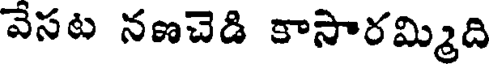
వేసట నణచెడి కాసారమ్మిది